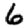
Digit: 6